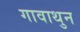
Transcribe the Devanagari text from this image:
गावाथुन